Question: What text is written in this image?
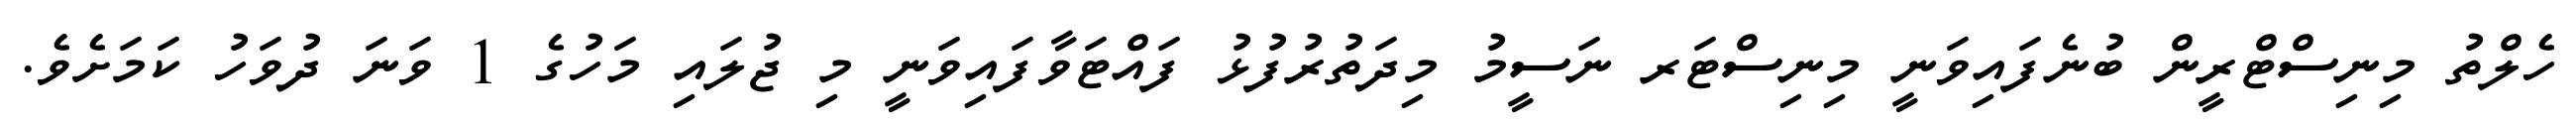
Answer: ހެލްތު މިނިސްޓްރީން ބުނެފައިވަނީ މިނިސްޓަރ ނަސީމު މިދަތުރުފުޅު ފައްޓަވާފައިވަނީ މި ޖުލައި މަހުގެ 1 ވަނަ ދުވަހު ކަމަށެވެ.